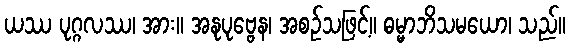
ယဿ ပုဂ္ဂလဿ၊ အား။ အနုပုဗ္ဗေန၊ အစဉ်သဖြင့်။ ဓမ္မာဘိသမယော၊ သည်။